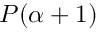
P ( \alpha + 1 )